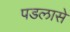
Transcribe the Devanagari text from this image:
पडलासे